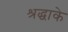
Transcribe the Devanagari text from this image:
श्रद्धाके